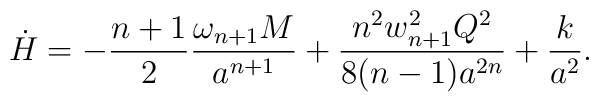
\dot{H}=-{{n+1}\over 2}{{\omega_{n+1}M}\over{a^{n+1}}}+{{n^2w^2_{n+1}Q^2}\over{8(n-1)a^{2n}}}+{k\over a^2}.